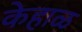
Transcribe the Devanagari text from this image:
केहाळ